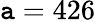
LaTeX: \mathtt{a}=426